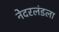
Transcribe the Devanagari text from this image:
नेदरलंडला